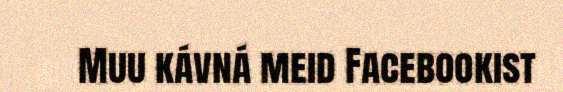
Muu kávná meid Facebookist